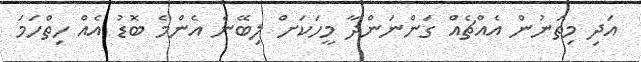
އަދި މިތަނުން އެއްޗެއް ގަންނަންދާ މީހަކަށް ލިބޭނެ އެންމެ ބޮޑު އެއް ހިތްހަމަ